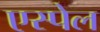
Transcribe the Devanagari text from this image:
एस्पेल